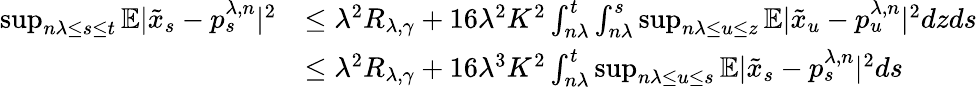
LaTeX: \begin{array}{rl}{\operatorname*{sup}_{n\lambda\leq s\leq t}\mathbb{E}|\tilde{x}_{s}-p_{s}^{\lambda,n}|^{2}}&{\leq\lambda^{2}R_{\lambda,\gamma}+16\lambda^{2}K^{2}\int_{n\lambda}^{t}\int_{n\lambda}^{s}\operatorname*{sup}_{n\lambda\leq u\leq z}\mathbb{E}|\tilde{x}_{u}-p_{u}^{\lambda,n}|^{2}dzds}\\ &{\leq\lambda^{2}R_{\lambda,\gamma}+16\lambda^{3}K^{2}\int_{n\lambda}^{t}\operatorname*{sup}_{n\lambda\leq u\leq s}\mathbb{E}|\tilde{x}_{s}-p_{s}^{\lambda,n}|^{2}ds}\end{array}